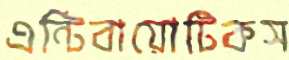
এন্টিবায়োটিকস